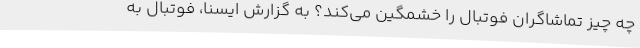
چه چیز تماشاگران فوتبال را خشمگین می‌کند؟ به گزارش ایسنا، فوتبال به